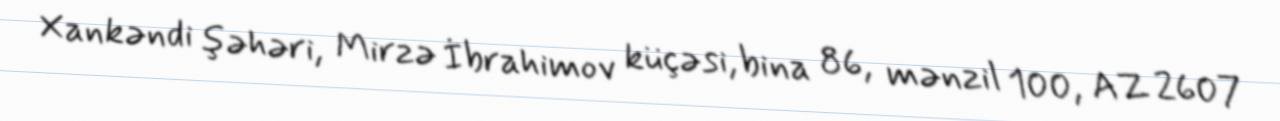
Xankəndi şəhəri, Mirzə İbrahimov küçəsi, bina 86, mənzil 100, AZ 2607